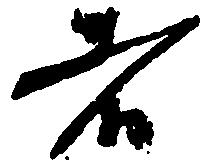
者